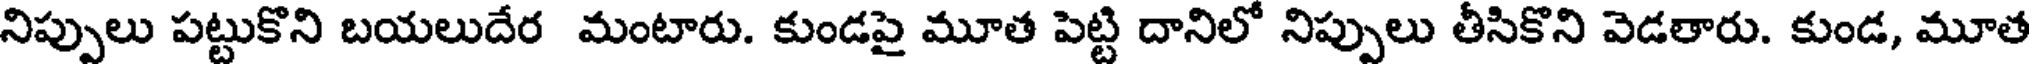
నిప్పులు పట్టుకొని బయలుదేర మంటారు. కుండపై మూత పెట్టి దానిలో నిప్పులు తీసికొని వెడతారు. కుండ, మూత